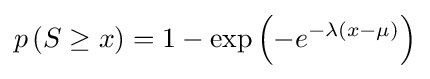
p\left(S\geq x\right)=1-\exp \left(-e^{-\lambda \left(x-\mu \right)}\right)